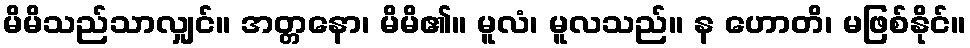
မိမိသည်သာလျှင်။ အတ္တနော၊ မိမိ၏။ မူလံ၊ မူလသည်။ န ဟောတိ၊ မဖြစ်နိုင်။